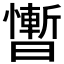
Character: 𰖴